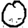
Digit: 0